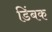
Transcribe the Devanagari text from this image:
डिंबक